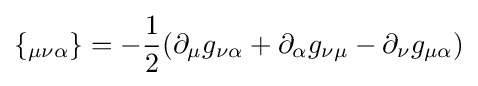
\{_{\mu \nu \alpha }\}=-{\frac {1}{2}}(\partial _{\mu }g_{\nu \alpha }+\partial _{\alpha }g_{\nu \mu }-\partial _{\nu }g_{\mu \alpha })